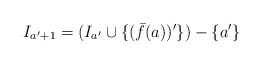
\begin{align*}I_{a'+1} = (I_{a'} \cup \{(\bar{f}(a))'\}) -\{a'\}\end{align*}